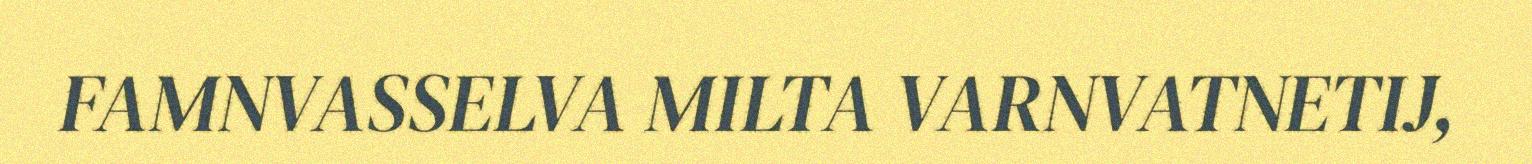
FAMNVASSELVA MILTA VARNVATNETIJ,